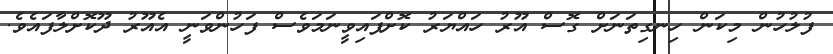
ފުލުހުން މިކަން ހިނގިތަނަށް ގޮސް އޫރު ހައްޔަރު ކޮށްފައިވީނަމަވެސް ފަހުންވަނީ އެއޫރު ދޫކޮށްލާފައެވެ.